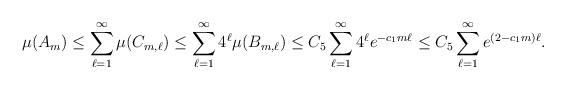
LaTeX: \begin{align*}\mu(A_m) \leq \sum_{\ell=1}^\infty\mu(C_{m, \ell}) & \leq \sum_{\ell=1}^\infty 4^{\ell}\mu(B_{m, \ell}) \leq C_5 \sum_{\ell=1}^\infty 4^{\ell}e^{-c_1m \ell} \leq C_5 \sum_{\ell=1}^\infty e^{(2-c_1m) \ell}. \end{align*}